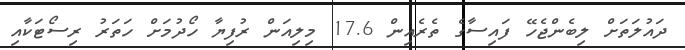
ދައުލަތަށް ލިބެންޖެހޭ ފައިސާގެ ތެރެއިން 17.6 މިލިއަން ރުފިޔާ ހޯދުމަށް ހަތަރު ރިސޯޓަކާއި